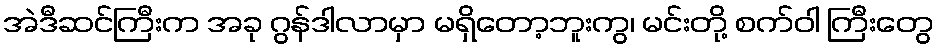
အဲဒီဆင်ကြီးက အခု ဂွန်ဒါလာမှာ မရှိတော့ဘူးကွ၊ မင်းတို့ စက်ဝါ ကြီးတွေ